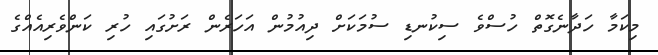
މިކަމާ ހަދާނެގޮތް ހުސްވެ ސިކުނޑި ސުމަކަށް ދިއުމުން އަހަރެން ރަށުގައި ހުރި ކަންވެރިއެއްގެ